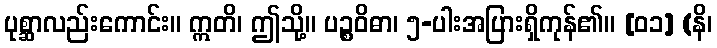
ပုစ္ဆာလည်းကောင်း။ ဣတိ၊ ဤသို့။ ပဉ္စဝိဓာ၊ ၅-ပါးအပြားရှိကုန်၏။ [၀၁] (နိ၊